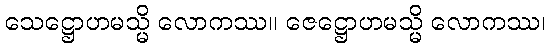
သေဋ္ဌောဟမသ္မိ လောကဿ။ ဇေဋ္ဌောဟမသ္မိ လောကဿ၊